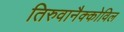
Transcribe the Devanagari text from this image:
तिरुवानैक्कोविल